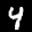
Label: 4